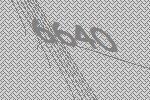
6640